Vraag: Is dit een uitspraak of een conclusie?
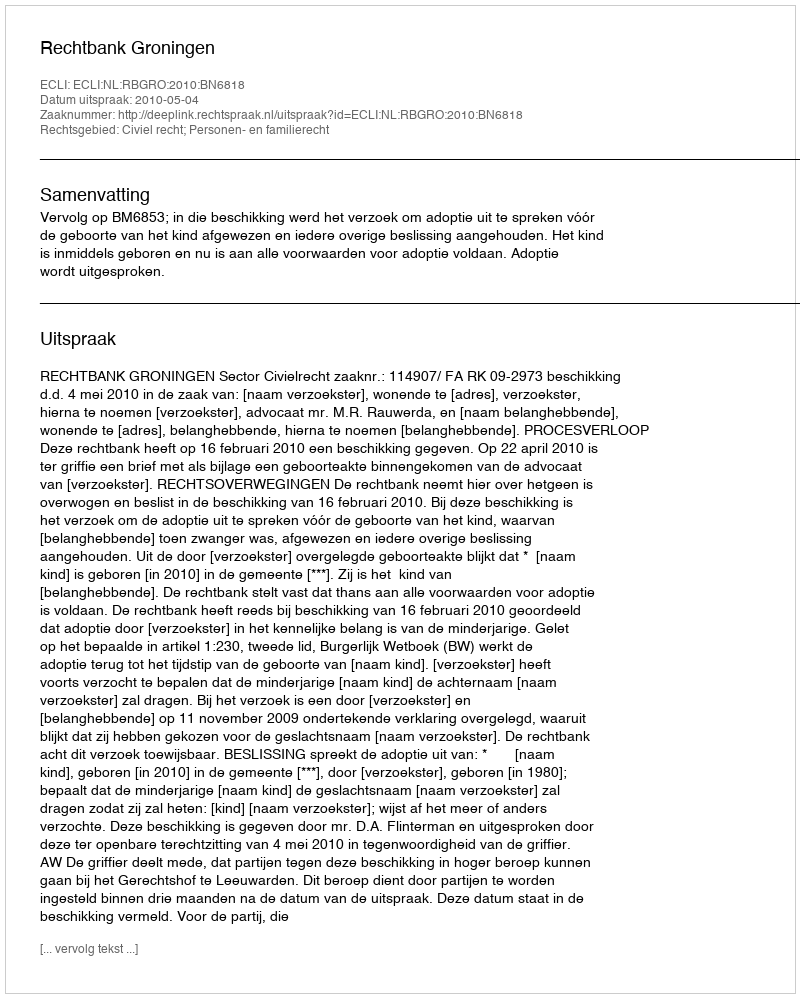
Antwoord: Uitspraak